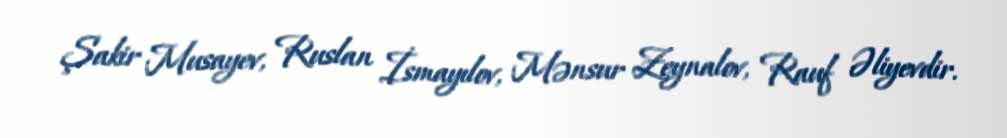
Şakir Musayev, Ruslan İsmayılov, Mənsur Zeynalov, Rauf Əliyevdir.